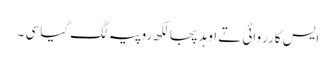
ایس کارروائی تے اوہد پجا لکھ روپیہ لگ گیا سی ۔